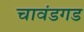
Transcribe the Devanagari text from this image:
चावंडगड